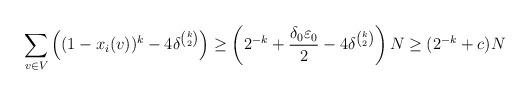
LaTeX: \begin{align*}\sum_{v \in V} \left( (1-x_i(v))^k-4 \delta^{\binom k2} \right) \geq \left(2^{-k}+\frac{\delta_0 \varepsilon_0}2- 4 \delta^{\binom k2}\right)N \geq (2^{-k}+c)N\end{align*}